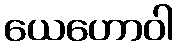
ယေဟောဝါ